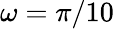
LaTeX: \omega=\pi/10